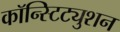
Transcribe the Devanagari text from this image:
कॉन्स्टिट्युशन